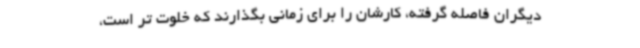
دیگران فاصله گرفته، کارشان را برای زمانی بگذارند که خلوت تر است،